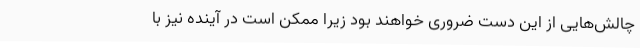
چالش‌هایی از این دست ضروری خواهند بود زیرا ممکن است در آینده نیز با